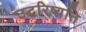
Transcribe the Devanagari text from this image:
उद्धरिष्यति